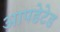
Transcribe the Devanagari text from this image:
आपडेटेड